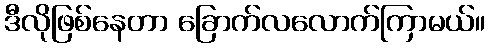
ဒီလိုဖြစ်နေတာ ခြောက်လလောက်ကြာမယ်။